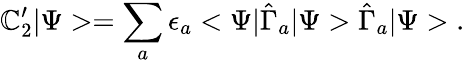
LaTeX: \mathbb{C}_{2}^{\prime}|\Psi>=\sum_{a}\epsilon_{a}<\Psi|\hat{{\Gamma}}_{a}|\Psi>\hat{{\Gamma}}_{a}|\Psi>\; .